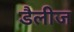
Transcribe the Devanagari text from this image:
डैलीज